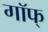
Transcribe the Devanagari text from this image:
गॉफ्